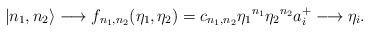
LaTeX: \begin{align*}\vert n_1, n_2 \rangle \longrightarrow f_{n_1,n_2}(\eta_1, \eta_2) = c_{n_1,n_2} {{\eta_1}}^{n_1} {{\eta_2}}^{n_2} a_i^+ \longrightarrow {{\eta_i}}.\end{align*}